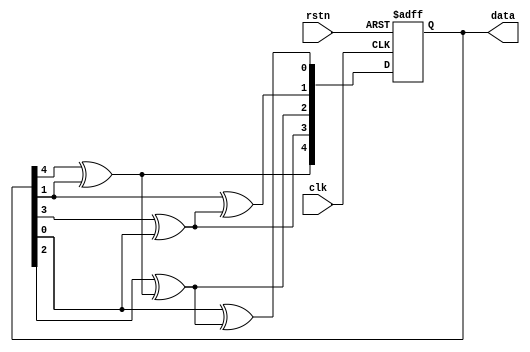
`timescale 1ns / 1ps
//////////////////////////////////////////////////////////////////////////////////
// Company: 
// Engineer: 
// 
// Design Name: 
// Module Name: fibonacci
// Project Name: 
// Target Devices: 
// Tool Versions: 
// Description: 
// 
// Dependencies: 
// 
// Revision:
// Revision 0.01 - File Created
// Additional Comments:
// 
//////////////////////////////////////////////////////////////////////////////////


module fib_lfsr(
    input clk,
    input rstn,
    output reg [4:0] data
    );
    
reg [4:0] data_next;

always @* begin
  data_next[4] = data[4]^data[1];
  data_next[3] = data[3]^data[0];
  data_next[2] = data[2]^data_next[4];
  data_next[1] = data[1]^data_next[3];
  data_next[0] = data[0]^data_next[2];
end

always @(posedge clk or negedge rstn)
  if(!rstn)
    data <= 5'h1f;
  else
    data <= data_next;

endmodule